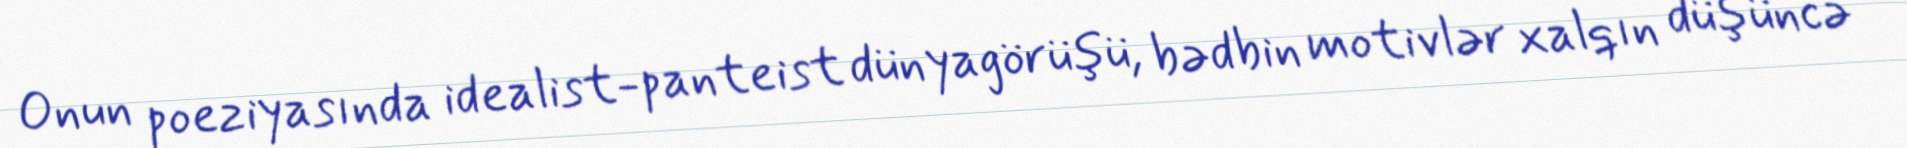
Onun poeziyasında idealist-panteist dünyagörüşü, bədbin motivlər xalqın düşüncə